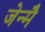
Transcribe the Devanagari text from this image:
जेन्मै